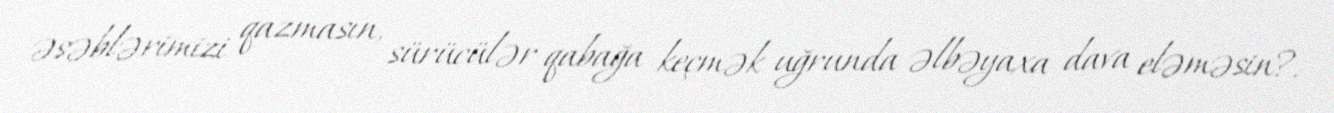
əsəblərimizi qazmasın, sürücülər qabağa keçmək uğrunda əlbəyaxa dava eləməsin?.